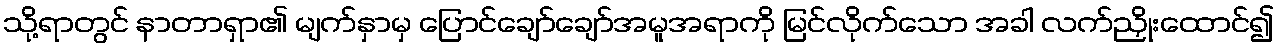
သို့ရာတွင် နာတာရှာ၏ မျက်နှာမှ ပြောင်ချော်ချော်အမူအရာကို မြင်လိုက်သော အခါ လက်ညှိုးထောင်၍